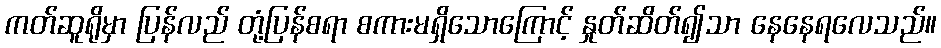
ကတ်ဆူရိုမှာ ပြန်လည် တုံ့ပြန်စရာ စကားမရှိသောကြောင့် နှုတ်ဆိတ်၍သာ နေနေရလေသည်။